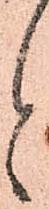
と